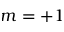
m = + 1